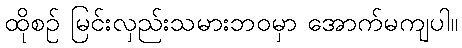
ထိုစဉ် မြင်းလှည်းသမားဘဝမှာ အောက်မကျပါ။